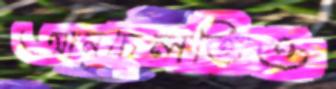
আনচেলত্তিও